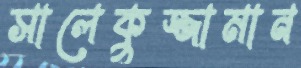
সালেকুজ্জামান